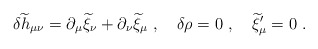
\begin{align*}\delta {\widetilde h}_{\mu\nu}=\partial_\mu{\widetilde \xi}_\nu + \partial_\nu {\widetilde \xi}_\mu~,~~~\delta\rho=0~,~~~ {\widetilde\xi}^\prime_\mu=0~.\end{align*}